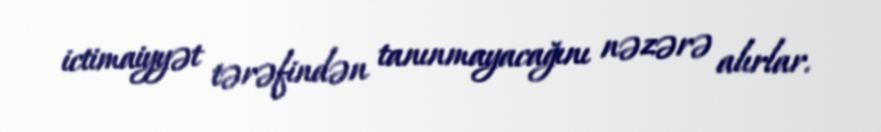
ictimaiyyət tərəfindən tanınmayacağını nəzərə alırlar.